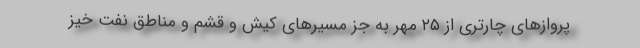
پروازهای چارتری از ۲۵ مهر به جز مسیرهای کیش و قشم و مناطق نفت خیز